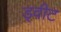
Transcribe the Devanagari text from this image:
ड्वीट